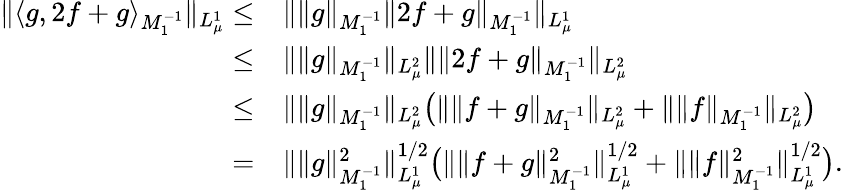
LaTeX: \begin{array}{rl}{\Vert\langle g,2f+g\rangle_{M_{1}^{-1}}\Vert_{L_{\mu}^{1}}\leq}&{\Vert\Vert g\Vert_{M_{1}^{-1}}\Vert 2f+g\Vert_{M_{1}^{-1}}\Vert_{L_{\mu}^{1}}}\\ {\leq}&{\Vert\Vert g\Vert_{M_{1}^{-1}}\Vert_{L_{\mu}^{2}}\Vert\Vert 2f+g\Vert_{M_{1}^{-1}}\Vert_{L_{\mu}^{2}}}\\ {\leq}&{\Vert\Vert g\Vert_{M_{1}^{-1}}\Vert_{L_{\mu}^{2}}\bigr(\Vert\Vert f+g\Vert_{M_{1}^{-1}}\Vert_{L_{\mu}^{2}}+\Vert\Vert f\Vert_{M_{1}^{-1}}\Vert_{L_{\mu}^{2}}\bigr)}\\ {=}&{\Vert\Vert g\Vert_{M_{1}^{-1}}^{2}\Vert_{L_{\mu}^{1}}^{1/2}\bigr(\Vert\Vert f+g\Vert_{M_{1}^{-1}}^{2}\Vert_{L_{\mu}^{1}}^{1/2}+\Vert\Vert f\Vert_{M_{1}^{-1}}^{2}\Vert_{L_{\mu}^{1}}^{1/2}\bigr).}\end{array}